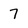
Character: 7